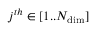
j ^ { t h } \in [ 1 . . N _ { \mathrm { d i m } } ]